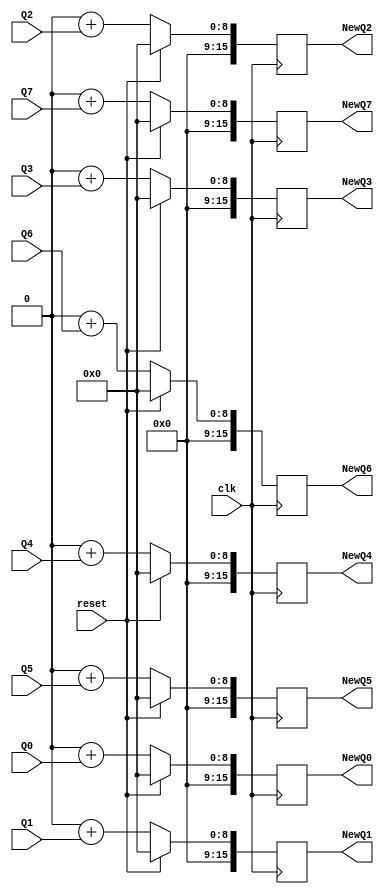
module EightToSixteen(reset, clk, Q0, Q1, Q2, Q3, Q4, Q5, Q6, Q7, NewQ0, NewQ1, NewQ2, NewQ3, NewQ4, NewQ5, NewQ6, NewQ7);
	input [7:0] Q0, Q1, Q2, Q3, Q4, Q5, Q6, Q7;
	output reg [15:0] NewQ0, NewQ1, NewQ2, NewQ3, NewQ4, NewQ5, NewQ6, NewQ7;
	input clk;
	input reset;
	
	always @(posedge clk)
	begin
		if(reset == 1'b1) begin
			NewQ0 = 16'b0;
			NewQ1 = 16'b0;
			NewQ2 = 16'b0;
			NewQ3 = 16'b0;
			NewQ4 = 16'b0;
			NewQ5 = 16'b0;
			NewQ6 = 16'b0;
			NewQ7 = 16'b0;
		end
		else begin
			NewQ0 = 8'b00000000 + Q0;
			NewQ1 = 8'b00000000 + Q1;
			NewQ2 = 8'b00000000 + Q2;
			NewQ3 = 8'b00000000 + Q3;
			NewQ4 = 8'b00000000 + Q4;
			NewQ5 = 8'b00000000 + Q5;
			NewQ6 = 8'b00000000 + Q6;
			NewQ7 = 8'b00000000 + Q7;
		end
	end
	
endmodule